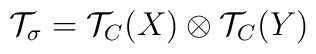
{\cal T}_{\sigma} = {\cal T}_C(X) \otimes {\cal T}_C(Y)